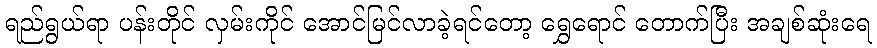
ရည်ရွယ်ရာ ပန်းတိုင် လှမ်းကိုင် အောင်မြင်လာခဲ့ရင်တော့ ရွှေရောင် တောက်ပြီး အချစ်ဆုံးရေ